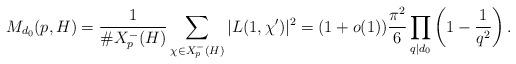
LaTeX: \begin{align*}M_{d_0}(p,H)&=\frac{1}{\# X_p^-(H)} \sum_{\chi \in X_p^-(H)} |L(1,\chi')|^2 =(1+o(1))\frac{\pi^2}{6}\prod_{q \mid d_0}\left(1-\frac{1}{q^2}\right).\end{align*}